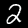
Label: 2